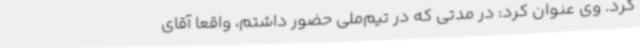
کرد. وی عنوان کرد:‌ در مدتی که در تیم‌ملی حضور داشتم، واقعا آقای